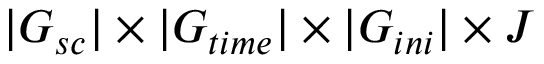
| G _ { s c } | \times | G _ { t i m e } | \times | G _ { i n i } | \times J